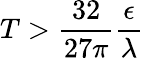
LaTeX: T>\frac{32}{27\pi}\frac\epsilon\lambda